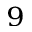
_ 9